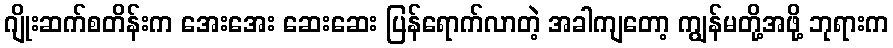
ဂျိုးဆက်စတိန်းက အေးအေး ဆေးဆေး ပြန်ရောက်လာတဲ့ အခါကျတော့ ကျွန်မတို့အဖို့ ဘုရားက